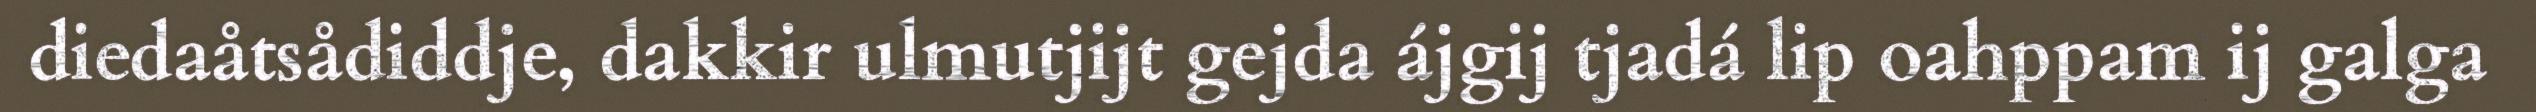
diedaåtsådiddje, dakkir ulmutjijt gejda ájgij tjadá lip oahppam ij galga